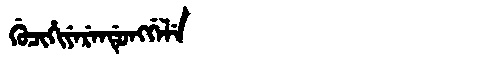
Manchu: ᡤᡠᠴᡳᡥᡳᠶᡝᡵᡝᠨᡩᡠᠩᡤᡝᠯᡝ
Romanization: GUCIHIYERENDUNGGELE